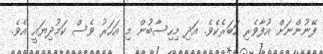
ފޭނުންނަށް އުފާވެރި ހަބަރެކެވެ. އަދި މިހިސާބުން މި އަހަރު ވެސް ކަމުދިޔައީ އެވެ.